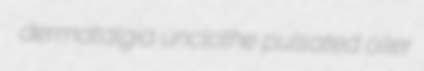
dermatalgia unclothe pulsated oiler